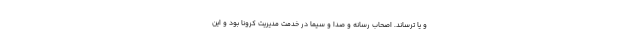
و یا ترساند. اصحاب رسانه و صدا و سیما در خدمت مدیریت کرونا بود و این